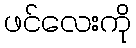
ဖင်လေးကို